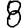
Digit: 8